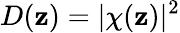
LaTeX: D({\mathbf{z}})=|\chi({\mathbf{z}})|^{2}